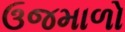
ઉજમાળો